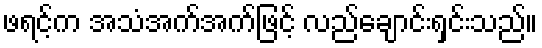
ဖရင့်က အသံအက်အက်ဖြင့် လည်ချောင်းရှင်းသည်။